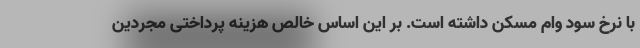
با نرخ سود وام مسکن داشته است. بر این اساس خالص هزینه پرداختی مجردین